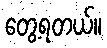
တွေ့ရတယ်။